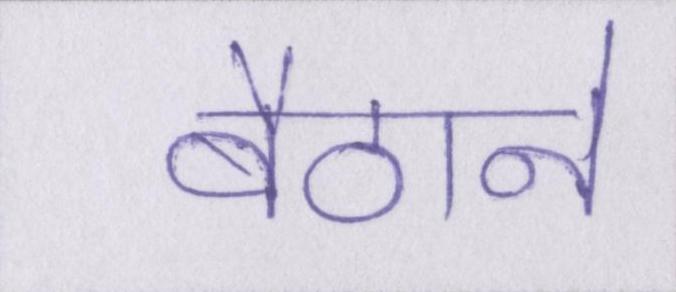
बैठाने